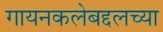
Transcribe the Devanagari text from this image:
गायनकलेबद्दलच्या